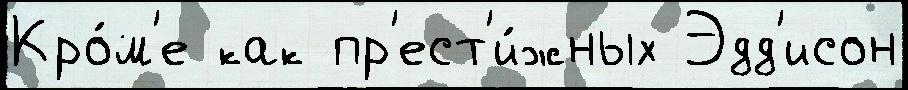
Кро́м'е как пр'ест'и́жных Эдд'исон